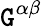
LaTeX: \mathtt{G}^{\alpha\beta}